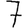
Digit: 7